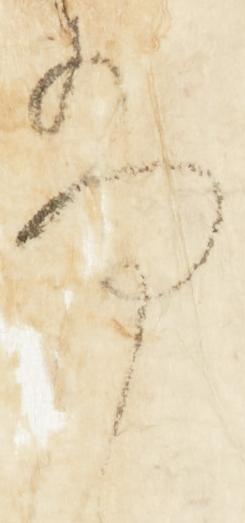
尚